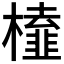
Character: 𭬔